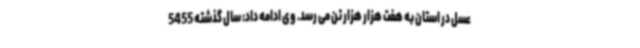
عسل در استان به هفت هزار هزار تن می رسد. وی ادامه داد: سال گذشته 5455